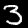
Digit: 3